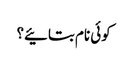
کوئی نام بتائیے؟